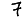
Digit: 7